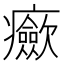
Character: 𤼏